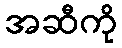
အဆီကို